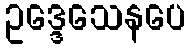
ဥဒ္ဒေသေနပေ